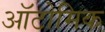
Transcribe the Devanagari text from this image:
ऑटोमिक